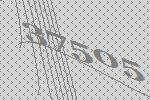
37505